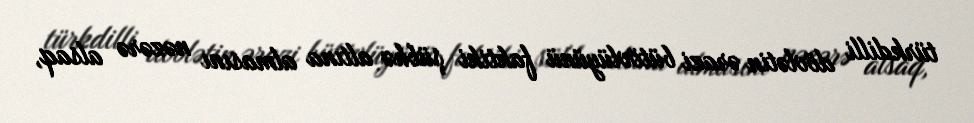
türkdilli dövlətin ərazi bütövlüyünü faktiki şübhə altına almasını nəzərə alsaq,